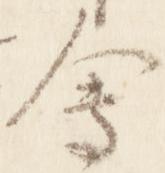
会